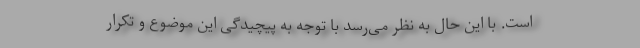
است. با این حال به نظر می‌رسد با توجه به پیچیدگی این موضوع و تکرار